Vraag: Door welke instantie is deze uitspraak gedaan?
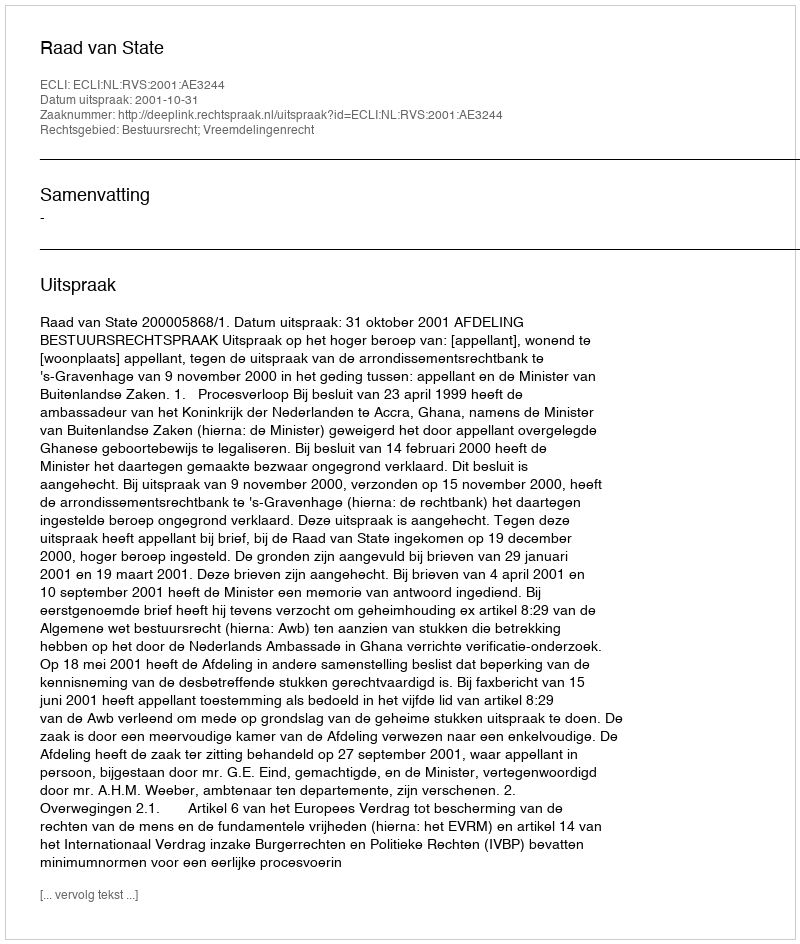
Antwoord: Raad van State